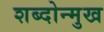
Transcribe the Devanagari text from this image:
शब्दोन्मुख